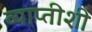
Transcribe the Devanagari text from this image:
व्याप्तीशी